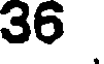
36